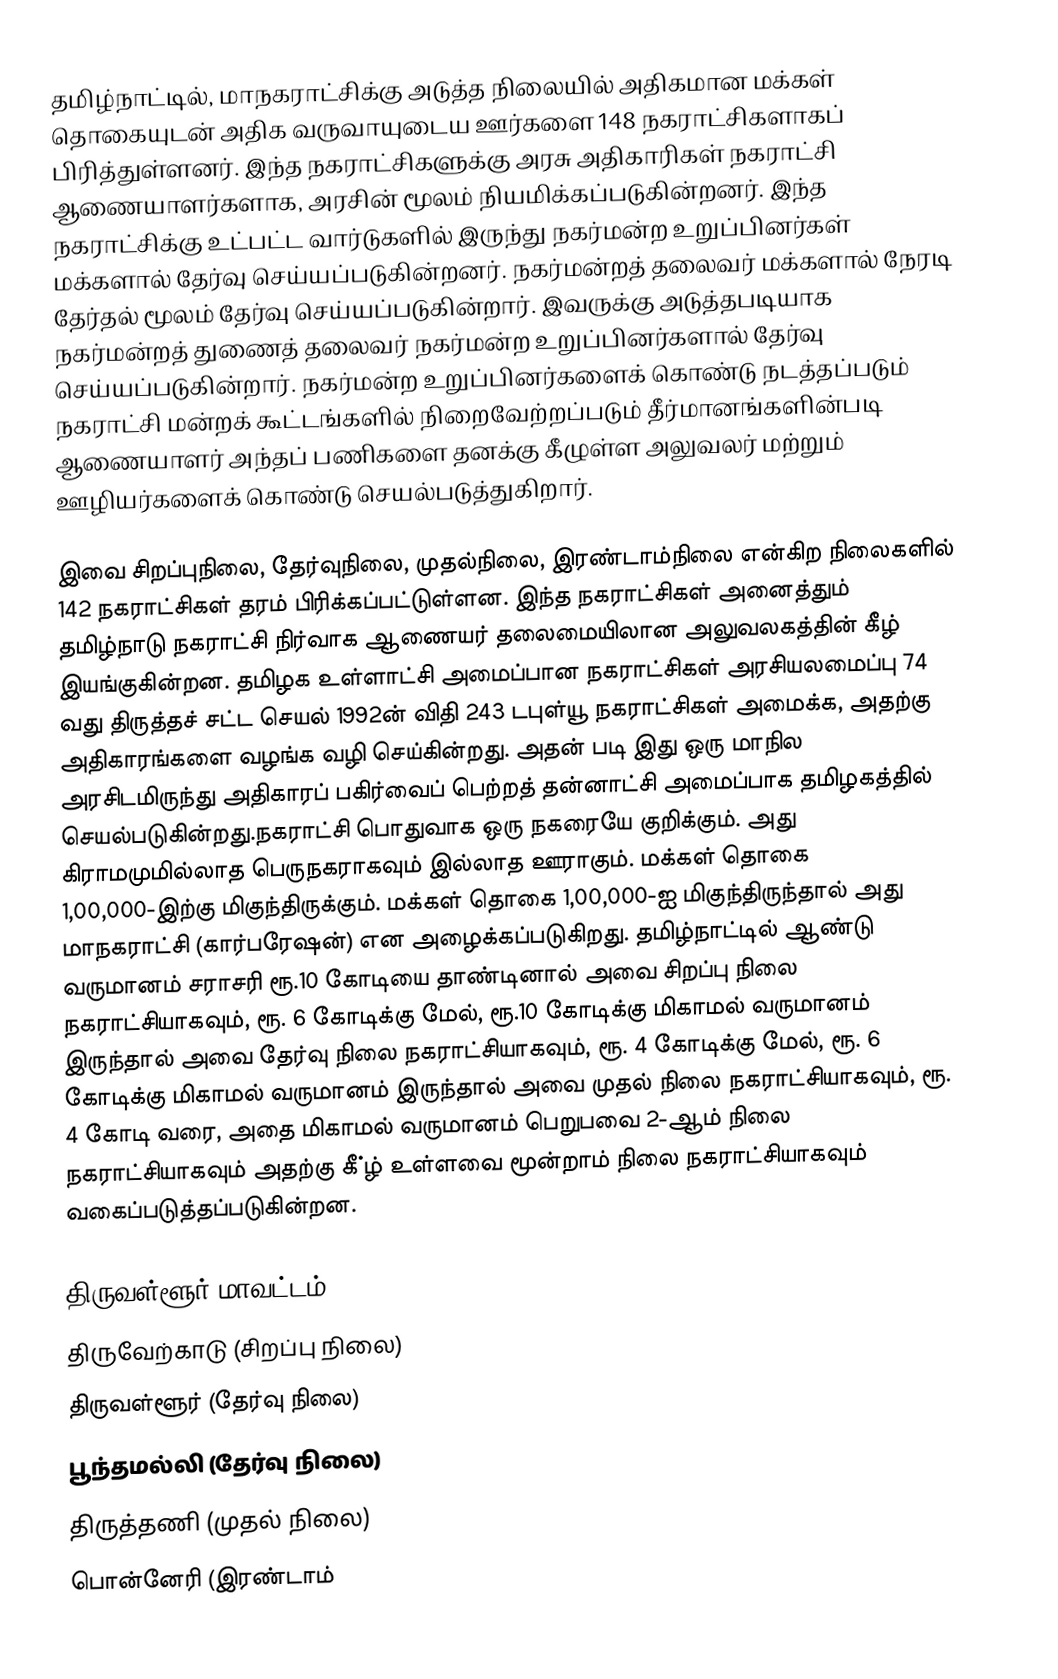
தமிழ்நாட்டில், மாநகராட்சிக்கு அடுத்த நிலையில் அதிகமான மக்கள் தொகையுடன் அதிக வருவாயுடைய ஊர்களை 148 நகராட்சிகளாகப் பிரித்துள்ளனர். இந்த நகராட்சிகளுக்கு அரசு அதிகாரிகள் நகராட்சி ஆணையாளர்களாக, அரசின் மூலம் நியமிக்கப்படுகின்றனர். இந்த நகராட்சிக்கு உட்பட்ட வார்டுகளில் இருந்து நகர்மன்ற உறுப்பினர்கள் மக்களால் தேர்வு செய்யப்படுகின்றனர். நகர்மன்றத் தலைவர் மக்களால் நேரடி தேர்தல் மூலம் தேர்வு செய்யப்படுகின்றார். இவருக்கு அடுத்தபடியாக நகர்மன்றத் துணைத் தலைவர் நகர்மன்ற உறுப்பினர்களால் தேர்வு செய்யப்படுகின்றார். நகர்மன்ற உறுப்பினர்களைக் கொண்டு நடத்தப்படும் நகராட்சி மன்றக் கூட்டங்களில் நிறைவேற்றப்படும் தீர்மானங்களின்படி ஆணையாளர் அந்தப் பணிகளை தனக்கு கீழுள்ள அலுவலர் மற்றும் ஊழியர்களைக் கொண்டு செயல்படுத்துகிறார்.

இவை சிறப்புநிலை, தேர்வுநிலை, முதல்நிலை, இரண்டாம்நிலை  என்கிற நிலைகளில் 142 நகராட்சிகள் தரம் பிரிக்கப்பட்டுள்ளன. இந்த நகராட்சிகள் அனைத்தும் தமிழ்நாடு நகராட்சி நிர்வாக ஆணையர் தலைமையிலான அலுவலகத்தின் கீழ் இயங்குகின்றன. தமிழக உள்ளாட்சி அமைப்பான நகராட்சிகள் அரசியலமைப்பு 74 வது திருத்தச் சட்ட செயல் 1992ன் விதி 243 டபுள்யூ  நகராட்சிகள் அமைக்க, அதற்கு அதிகாரங்களை வழங்க வழி செய்கின்றது. அதன் படி இது ஒரு மாநில அரசிடமிருந்து அதிகாரப் பகிர்வைப் பெற்றத் தன்னாட்சி அமைப்பாக தமிழகத்தில் செயல்படுகின்றது.நகராட்சி பொதுவாக ஒரு நகரையே குறிக்கும். அது கிராமமுமில்லாத பெருநகராகவும் இல்லாத ஊராகும். மக்கள் தொகை 1,00,000-இற்கு மிகுந்திருக்கும். மக்கள் தொகை 1,00,000-ஐ மிகுந்திருந்தால் அது மாநகராட்சி (கார்பரேஷன்) என அழைக்கப்படுகிறது. தமிழ்நாட்டில் ஆண்டு வருமானம் சராசரி ரூ.10 கோடியை தாண்டினால் அவை சிறப்பு நிலை நகராட்சியாகவும், ரூ. 6 கோடிக்கு மேல், ரூ.10 கோடிக்கு மிகாமல் வருமானம் இருந்தால் அவை தேர்வு நிலை நகராட்சியாகவும், ரூ. 4 கோடிக்கு மேல், ரூ. 6 கோடிக்கு மிகாமல் வருமானம் இருந்தால் அவை முதல் நிலை நகராட்சியாகவும், ரூ. 4 கோடி வரை, அதை மிகாமல் வருமானம் பெறுபவை 2-ஆம் நிலை நகராட்சியாகவும் அதற்கு கீ்ழ் உள்ளவை மூன்றாம் நிலை நகராட்சியாகவும் வகைப்படுத்தப்படுகின்றன.

திருவள்ளூர் மாவட்டம்
 திருவேற்காடு (சிறப்பு நிலை)
 திருவள்ளூர் (தேர்வு நிலை)
 பூந்தமல்லி (தேர்வு நிலை)
 திருத்தணி (முதல் நிலை)
 பொன்னேரி (இரண்டாம்